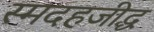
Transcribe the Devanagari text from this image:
स्मदहजीद्ध